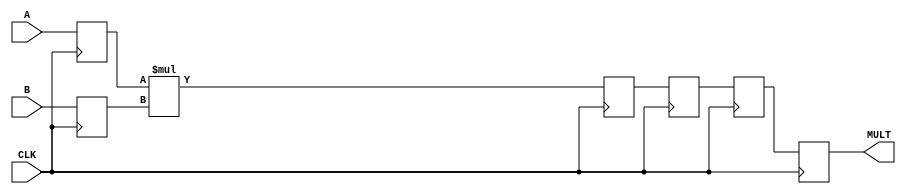
module pipelined_multiplier_Inside_Single(
    input CLK,
    input [17:0] A,
    input [17:0] B,
    output [35:0] MULT
    );
	 
	 reg [35:0] MULT;
	 
	 reg [17:0] a_in, b_in;
	 reg [35:0] mult_res, pipe_2, pipe_3;
	 
	 always @ (posedge CLK) begin
		a_in <= A;
		b_in <= B;
		mult_res <= a_in * b_in;
		pipe_2 <= mult_res;
		pipe_3 <= pipe_2;
		MULT <= pipe_3;
	 end

endmodule